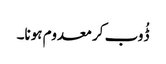
ڈُوب کر معدوم ہونا۔